Vaccination in the Punjab 1867-1880 - 1867-1880
Year: 1867
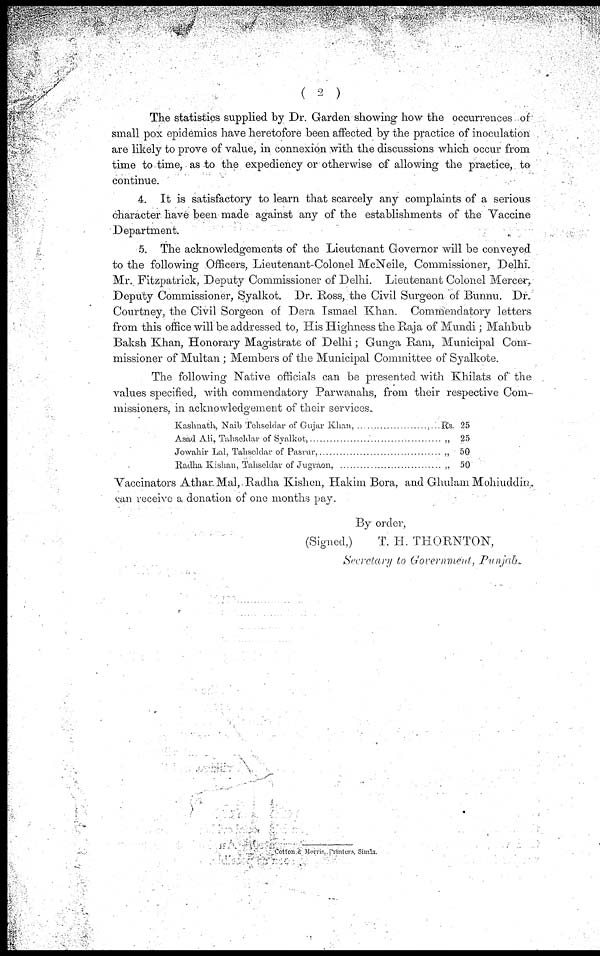
( 2
)
The statistics supplied by Dr. Garden showing how the occurrences of
small pox epidemics have heretofore been affected by the practice of inoculation
are likely to prove of value, in connexion with the discussions which occur from
time to time, as to the expediency or otherwise of allowing the practice, to
continue.
4. It is satisfactory to learn that scarcely any complaints of a serious
character have been made against any of the establishments of the Vaccine
Department.
5. The acknowledgements of the Lieutenant Governor will be conveyed
to the following Officers, Lieutenant-Colonel McNeile, Commissioner, Delhi.
Mr. Fitzpatrick, Deputy Commissioner of Delhi. Lieutenant Colonel Mercer,
Deputy Commissioner, Syalkot. Dr. Ross, the Civil Surgeon of Bunnu. Dr.
Courtney, the Civil Sorgeon of Dera Imael Khan. Commendatory letters
from this office will be addressed to, His Highness the Raja of Mundi; Mahbub
Baksh Khan, Honorary Magistrate of Delhi; Gunga Ram, Municipal Com-
missioner of Multan; Members of the Municipal Committee of Syalkote.
The following Native officials can be presented with Khilats of the
values specified, with commendatory Parwanahs, from their respective Com-
missioners, in acknowledgement of their services.
Kashnath, Naib Tehseldar of Gujar Khan, ... ... ... ... ... ... ...
Asad Ali, Tahseldar of Syalkot, ... ... ... ... ... ... ... ...
Jowahir Lal, Tahseldar of Pasrur, ... ... ... ... ... ... ...
Radha Kishan, Tahseldar of Jugraon, ... ... ... ... ... ... ...
Rs. 25
„ 25
„ 50
„ 50
Vaccinators Athar Mal, Radha Kishen, Hakim Bora, and Ghulam Mohiuddin,
can receive a donation of one months pay.
By order,
(Signed,)
T. H. THORNTON,
Secretary to Government,
Punjab.